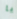
يا